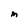
Character: M